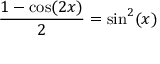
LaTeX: { \frac { 1 - \cos ( 2 x ) } { 2 } } = \sin ^ { 2 } ( x )